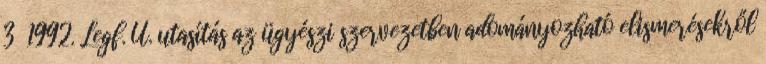
3 1992. Legf. Ü. utasítás az ügyészi szervezetben adományozható elismerésekről